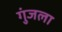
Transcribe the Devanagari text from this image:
गुंजला